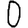
Digit: 0